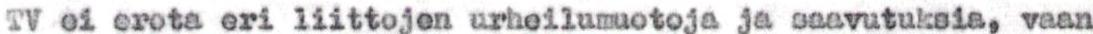
TV ei erota eri liittojen urheilumuotoja ja saavutuksia, vaan